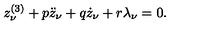
z _ { \nu } ^ { ( 3 ) } + p \ddot { z } _ { \nu } + q \dot { z } _ { \nu } + r \lambda _ { \nu } = 0 .